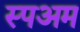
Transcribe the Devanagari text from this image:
स्पअम